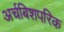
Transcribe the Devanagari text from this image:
अर्चबिशपरिक